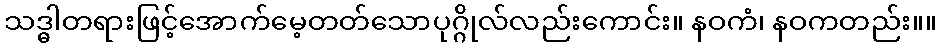
သဒ္ဓါတရားဖြင့်အောက်မေ့တတ်သောပုဂ္ဂိုလ်လည်းကောင်း။ နဝကံ၊ နဝကတည်း။။